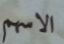
الاسهم